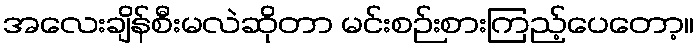
အလေးချိန်စီးမလဲဆိုတာ မင်းစဉ်းစားကြည့်ပေတော့။